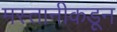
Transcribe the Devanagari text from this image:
मस्तानीकडून